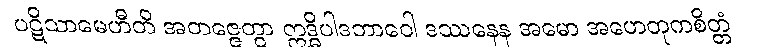
ပဋိသာမေဟီတိ အတဇ္ဇေတွာ ဣဒ္ဓိပါဒဘာဝေါ ဒဿနေန အမော အဟေတုကစိတ္တံ